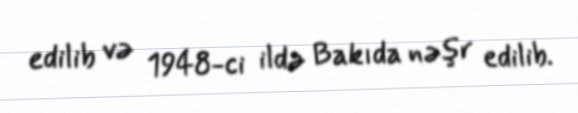
edilib və 1948-ci ildə Bakıda nəşr edilib.